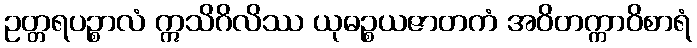
ဥတ္တရပဉ္စာလံ ဣသိဂိလိဿ ယုဓဉ္စယဇာတကံ အဝိတက္ကာဝိစာရံ